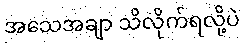
အသေအချာ သိလိုက်ရလို့ပဲ